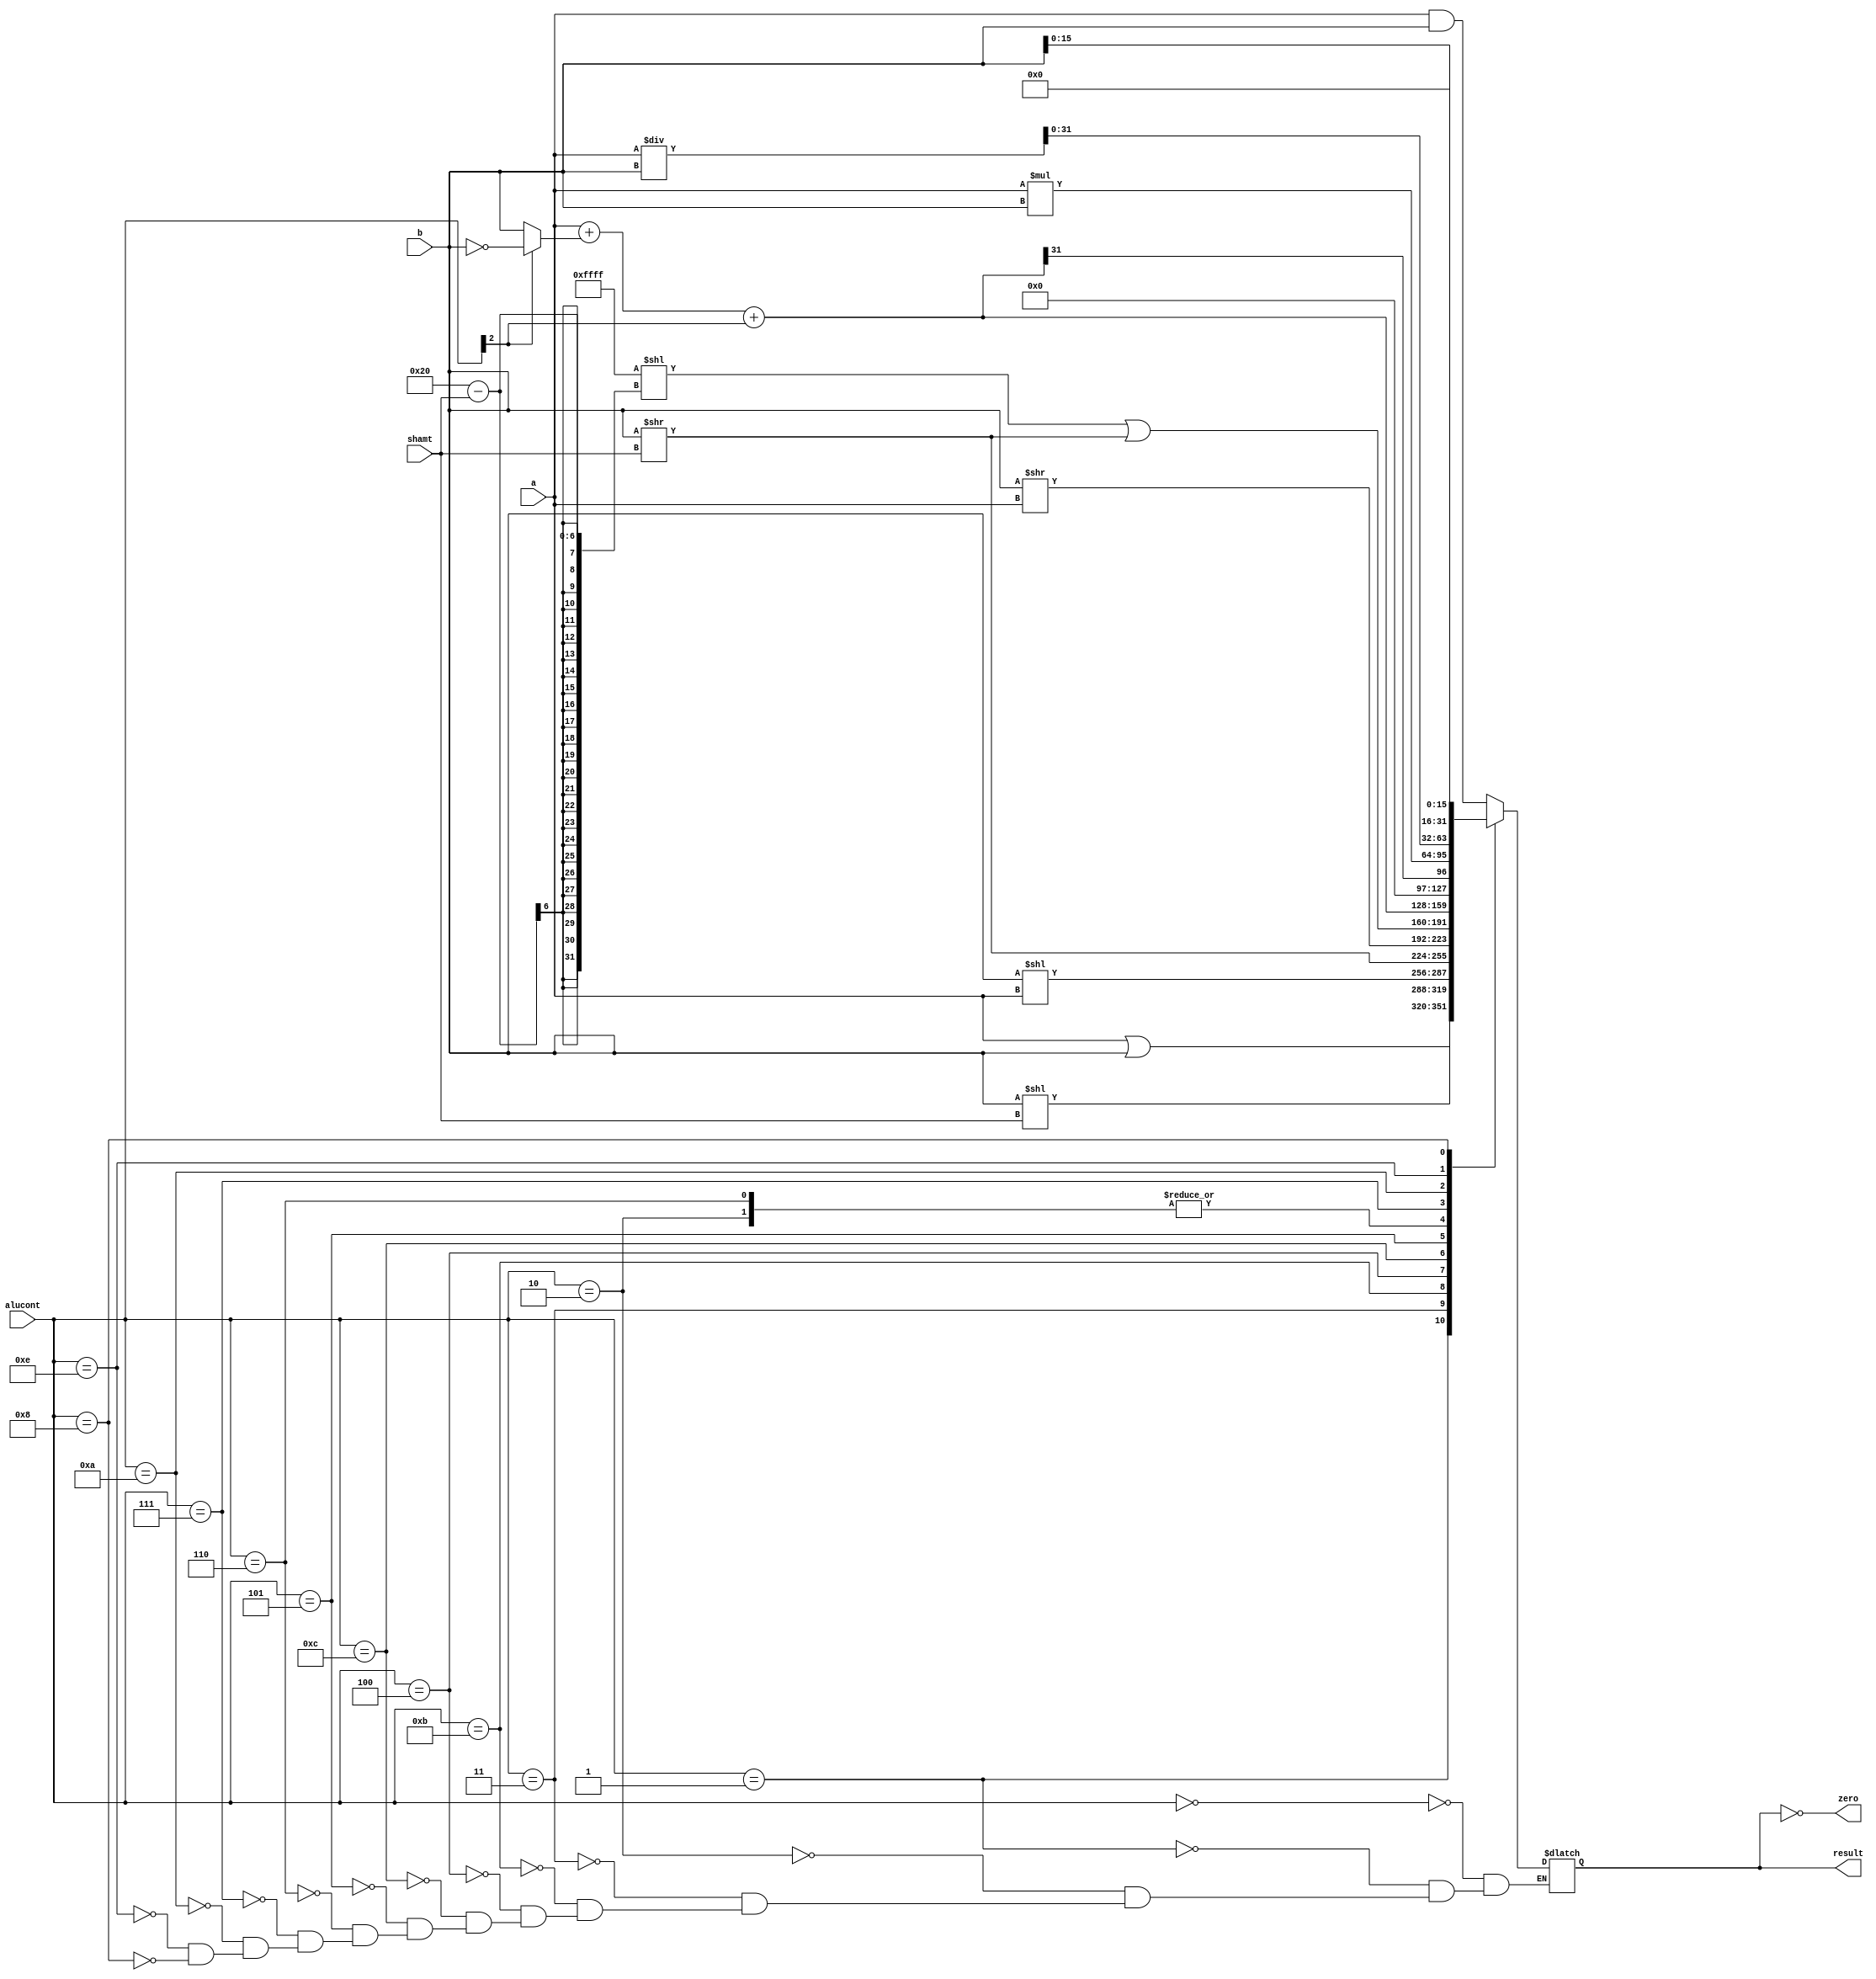
module alu(input      [31:0] a, b, 
           input      [3:0]  alucont, 
           output reg [31:0] result,
           input      [4:0]  shamt,
           output            zero
  );

  wire [31:0] b2, sum, slt, sra_sign, sra_aux;
  wire [63:0] product, quotient, remainder;
 
  assign b2 = alucont[2] ? ~b:b; 
  assign sum = a + b2 + alucont[2];
  assign slt = sum[31];
  assign sra_sign = 32'b1111_1111_1111_1111 << (32 - shamt);
  assign sra_aux = b >> shamt;
  assign product = a * b;
  assign quotient = a / b;
  assign remainder = a % b;

  always@(*)
    case(alucont[3:0])
      4'b0000: result <= a & b;
      4'b0001: result <= a | b;
      4'b0010: result <= sum;
      4'b0011: result <= b << shamt;
      4'b1011: result <= b << a;
      4'b0100: result <= b >> shamt;
      4'b1100: result <= b >> a;
      4'b0101: result <= sra_sign | sra_aux;
      4'b0110: result <= sum;
      4'b0111: result <= slt;
      4'b1010: 
        begin
          result <= product[31:0]; 
          //wd0    <= product[31:0];
          //wd1    <= product[63:32];
        end
      4'b1110: 
        begin
          result <= quotient; 
          //wd0    <= quotient;
          //wd1    <= remainder;
        end
      4'b1000: result <= b << 5'd16;
    endcase
assign zero = (result == 32'd0);
endmodule